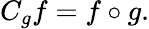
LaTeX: C_{g}f=f\circ g.